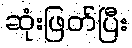
ဆုံးဖြတ်ပြီး